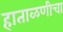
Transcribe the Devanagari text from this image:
हाताळणीचा